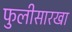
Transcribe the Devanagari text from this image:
फुलीसारखा